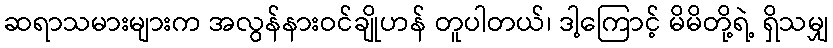
ဆရာသမားများက အလွန်နားဝင်ချိုဟန် တူပါတယ်၊ ဒါ့ကြောင့် မိမိတို့ရဲ့ ရှိသမျှ